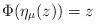
LaTeX: \begin{align*}\Phi(\eta_{\mu}(z))=z\end{align*}